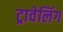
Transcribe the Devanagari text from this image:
ट्रावेलिंग